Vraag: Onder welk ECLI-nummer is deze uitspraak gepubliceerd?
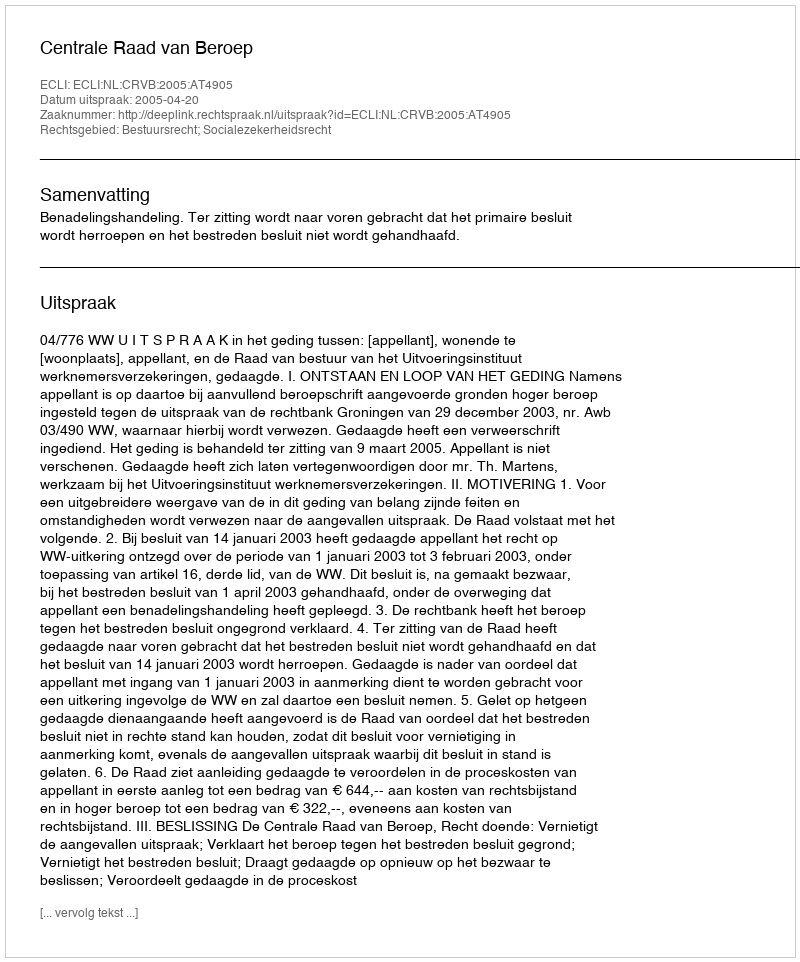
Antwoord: ECLI:NL:CRVB:2005:AT4905